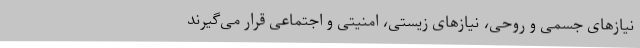
نیازهای جسمی و روحی، نیازهای زیستی، امنیتی و اجتماعی قرار می‌گیرند